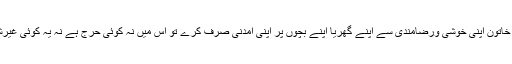
لیکن اگر کوئی خاتون اپنی خوشی ورضامندی سے اپنے گھریا اپنے بچوں پر اپنی آمدنی صرف کرے تو اُس میں نہ کوئی حرج ہے نہ یہ کوئی غیرشرعی چیزہے ۔